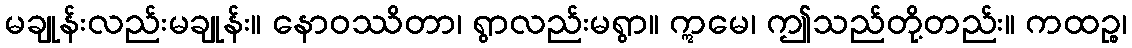
မချုန်းလည်းမချုန်း။ နောဝဿိတာ၊ ရွာလည်းမရွာ။ ဣမေ၊ ဤသည်တို့တည်း။ ကထဉ္စ၊